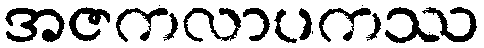
အဇကလာပကဿ